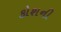
કોશની